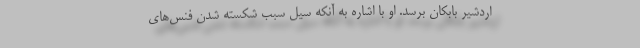
اردشیر بابکان برسد. او با اشاره به آنکه سیل سبب شکسته شدن فنس‌های